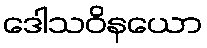
ဒေါသဝိနယော